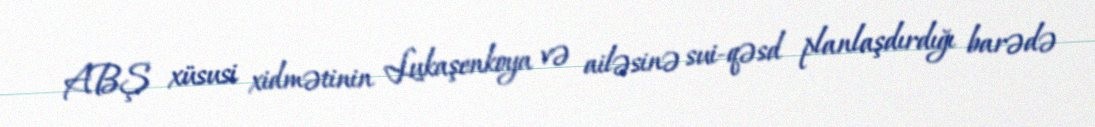
ABŞ xüsusi xidmətinin Lukaşenkoya və ailəsinə sui-qəsd planlaşdırdığı barədə